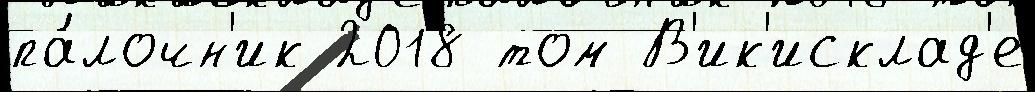
па́лочн'ик 2018 том В'ик'исклад'е